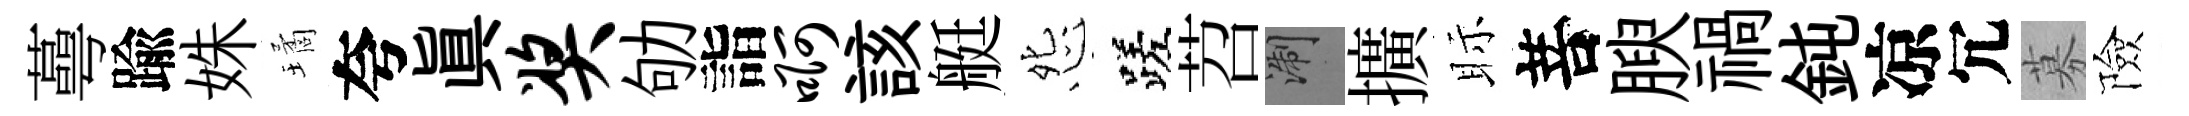
蕚踰姝璚夸真奖劬詣啊該艇怨蹉苕浙擴眎菩腴禍鈍凉冗募險